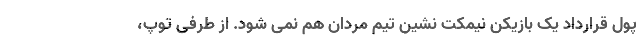
پول قرارداد یک بازیکن نیمکت نشین تیم مردان هم نمی شود. از طرفی توپ،